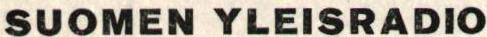
SUOMEN YLEISRADIO